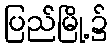
ပြည်မြို့၌